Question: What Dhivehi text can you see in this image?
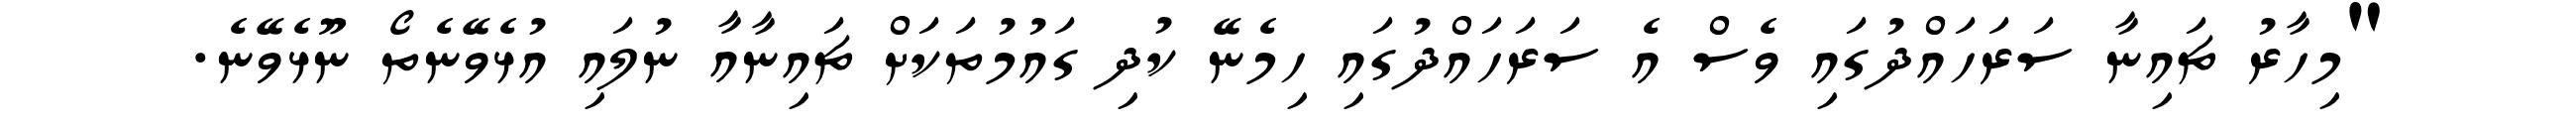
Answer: "މިހާރު ޗައިނާ ސަރަހައްދުގައި ވެސް އެ ސަރަހައްދުގައި ހިމެނޭ ކުދި ގައުމުތަކަށް ޗައިނާއާ ނުލައި އުޅެވޭނެތޯ ނޫޅެވޭނެ.